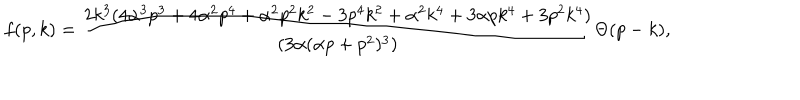
f ( p , k ) = { \frac { 2 k ^ { 3 } ( 4 \alpha ^ { 3 } p ^ { 3 } + 4 \alpha ^ { 2 } p ^ { 4 } + \alpha ^ { 2 } p ^ { 2 } k ^ { 2 } - 3 p ^ { 4 } k ^ { 2 } + \alpha ^ { 2 } k ^ { 4 } + 3 \alpha p k ^ { 4 } + 3 p ^ { 2 } k ^ { 4 } ) } { ( 3 \alpha ( \alpha p + p ^ { 2 } ) ^ { 3 } ) } } \Theta ( p - k ) ,